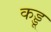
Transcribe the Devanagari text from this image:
कड्डू